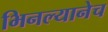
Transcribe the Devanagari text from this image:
भिनल्यानेच